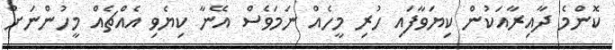
ކޮންމެ ދާއިރާއަކުން ކިޔަވާފައި ހުރި މީހެއް ނަމަވެސް އޭނާ ކިޔެވި އެއްޗެއް މީހުންނަށް